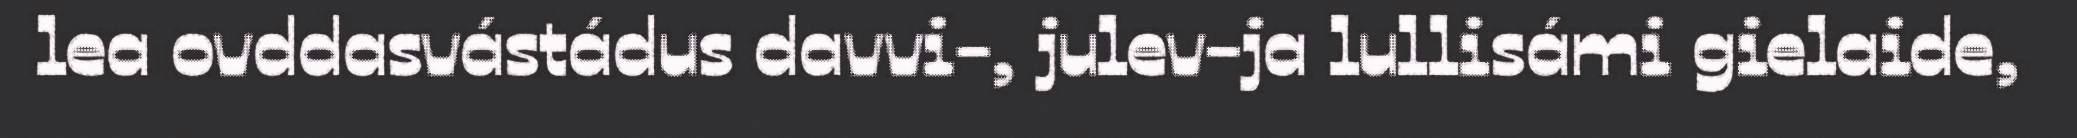
lea ovddasvástádus davvi-, julev-ja lullisámi gielaide,